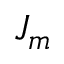
J _ { m }